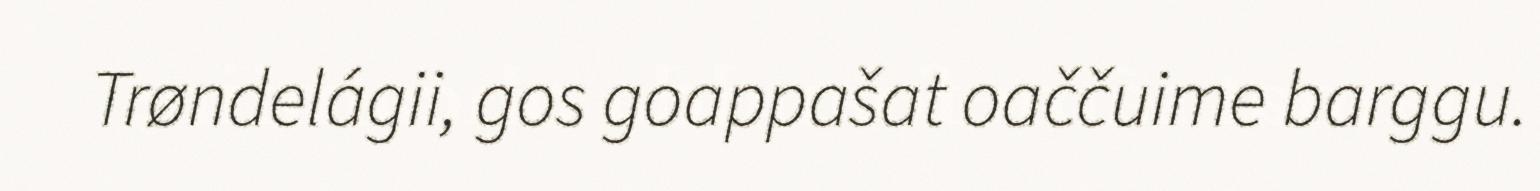
Trøndelágii, gos goappašat oaččuime barggu.